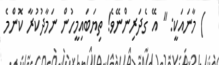
) މާނައަކީ: " އޭ ގެދަރިންނޭވެ! ތިޔަބައިމީހުން ނަމާދުކުރާ ކޮންމެ